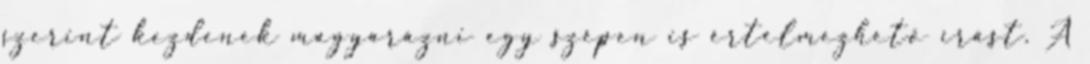
szerint kezdenek magyarázni egy szépen is értelmezhető írást. A